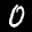
Label: 0